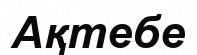
Ақтебе